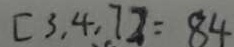
[ 3 . 4 . 7 ] = 8 4